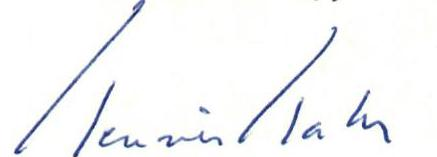
Henrik Hahr